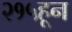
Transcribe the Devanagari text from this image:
२१५हून